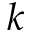
k